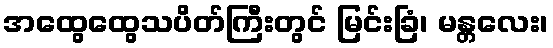
အထွေထွေသပိတ်ကြီးတွင် မြင်းခြံ၊ မန္တလေး၊